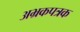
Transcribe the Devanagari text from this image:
अभ्रकपत्रक